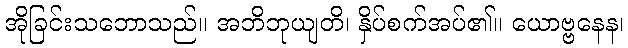
အိုခြင်းသဘောသည်။ အဘိဘုယျတိ၊ နှိပ်စက်အပ်၏။ ယောဗ္ဗနေန၊